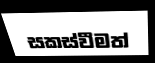
සකස්වීමත්